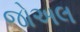
જોઅલ